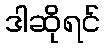
ဒါဆိုရင်